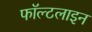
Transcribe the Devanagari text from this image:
फॉल्टलाइन